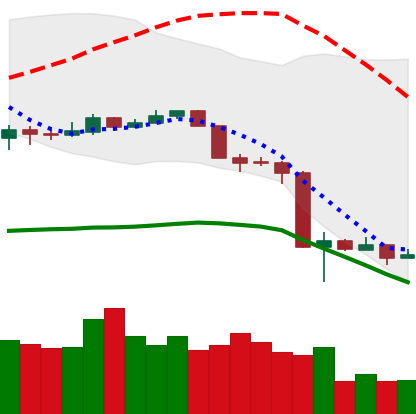
Ticker: NEO-USD
Chart end date: 2020-03-17
Forward return: 7.805%
Label: up_7plus